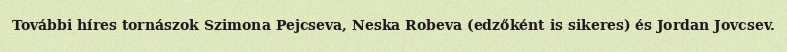
További híres tornászok Szimona Pejcseva, Neska Robeva (edzőként is sikeres) és Jordan Jovcsev.